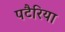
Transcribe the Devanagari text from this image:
पटैरिया